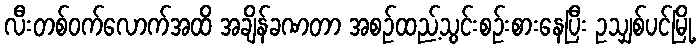
လီးတစ်ဝက်လောက်အထိ အချိန်ခဏတာ အစဉ်ထည့်သွင်းစဉ်းစားနေပြီး ဥသျှစ်ပင်မြို့